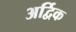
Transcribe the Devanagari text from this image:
अर्द्विक